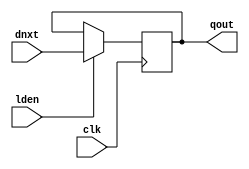
module dffl # (parameter DW = 32)
 (
  input               lden, 
  input      [DW-1:0] dnxt,
  output     [DW-1:0] qout,
  input               clk 
);
reg [DW-1:0] qout_r;
always @(posedge clk)
begin : DFFL_PROC
  if (lden == 1'b1)
    qout_r <= #1 dnxt;
end
assign qout = qout_r;
endmodule